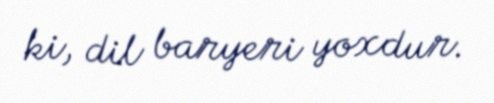
ki, dil baryeri yoxdur.